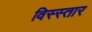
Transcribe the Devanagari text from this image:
विस्स्तार